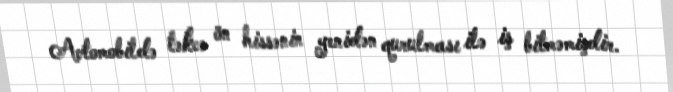
Avtomobildə təkcə ön hissənin yenidən qurulması ilə iş bitməmişdir.